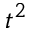
t ^ { 2 }